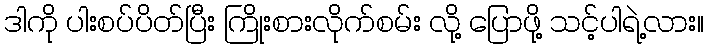
ဒါကို ပါးစပ်ပိတ်ပြီး ကြိုးစားလိုက်စမ်း လို့ ပြောဖို့ သင့်ပါရဲ့လား။